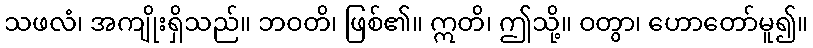
သဖလံ၊ အကျိုးရှိသည်။ ဘဝတိ၊ ဖြစ်၏။ ဣတိ၊ ဤသို့။ ဝတွာ၊ ဟောတော်မူ၍။